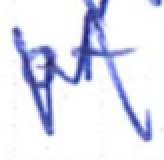
Text: of
Cross-out: zig-zag
Writing tool: ballpoint